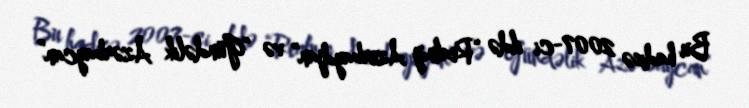
Bu hadisə 2007-ci ildə “Realnıy Azerbaydjan” və “Gündəlik Azərbaycan”